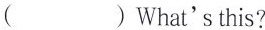
()What'sthis?